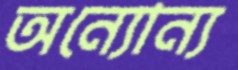
অন্যোন্য